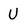
Character: U